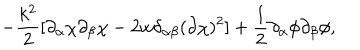
LaTeX: - \frac { k ^ { 2 } } { 2 } [ \partial _ { \alpha } \chi \partial _ { \beta } \chi - 2 w \delta _ { \alpha \beta } ( \partial \chi ) ^ { 2 } ] + \frac { 1 } { 2 } \partial _ { \alpha } \phi \partial _ { \beta } \phi ,